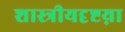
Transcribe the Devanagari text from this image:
शास्त्रीयदृष्टय़ा